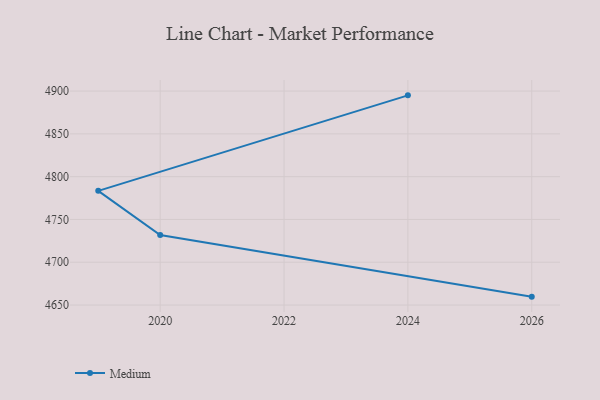
{"axis": {"x": "Year", "y": "Satisfaction Score"}, "legend": ["Medium"], "data": [{"x": "2024", "y": 4895.0, "type": "Medium"}, {"x": "2019", "y": 4783.4, "type": "Medium"}, {"x": "2020", "y": 4731.8, "type": "Medium"}, {"x": "2026", "y": 4659.8, "type": "Medium"}]}